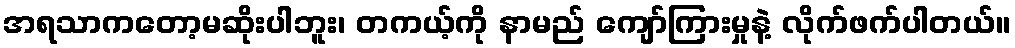
အရသာကတော့မဆိုးပါဘူး၊ တကယ့်ကို နာမည် ကျော်ကြားမှုနဲ့ လိုက်ဖက်ပါတယ်။